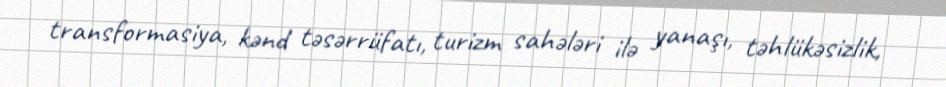
transformasiya, kənd təsərrüfatı, turizm sahələri ilə yanaşı, təhlükəsizlik,